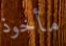
مأخوذ